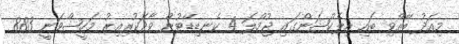
މިއަދު ބޭއްވި ބައި އިލެކްޝަންގައި ޖުމްލަ 4 ކެނޑިޑޭޓުން ވާދަކުރިއިރު މަހީޝްވަނީ 883